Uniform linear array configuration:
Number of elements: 32
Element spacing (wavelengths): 0.25
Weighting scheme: exponential
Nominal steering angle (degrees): -30
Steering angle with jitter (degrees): -29.239
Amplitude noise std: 0.05
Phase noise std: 0.05

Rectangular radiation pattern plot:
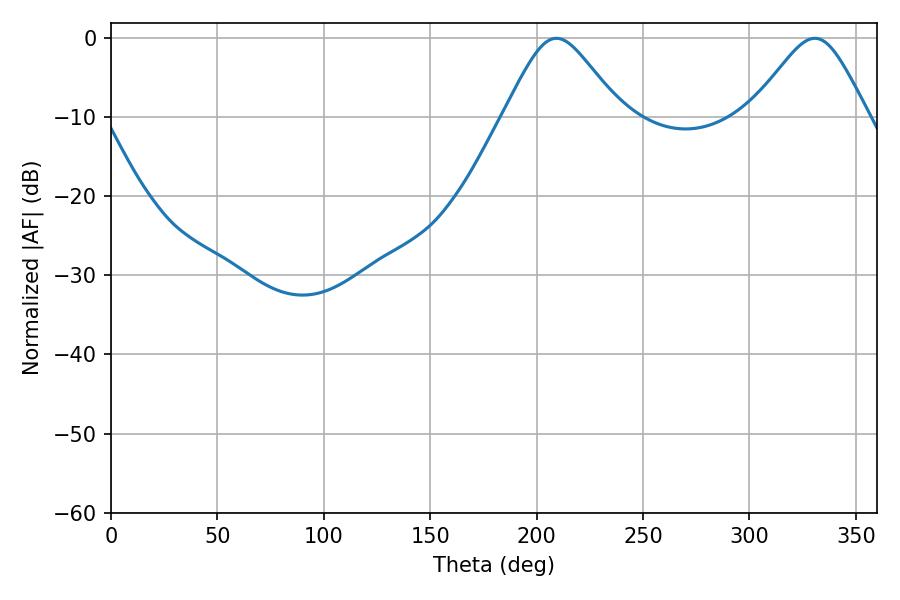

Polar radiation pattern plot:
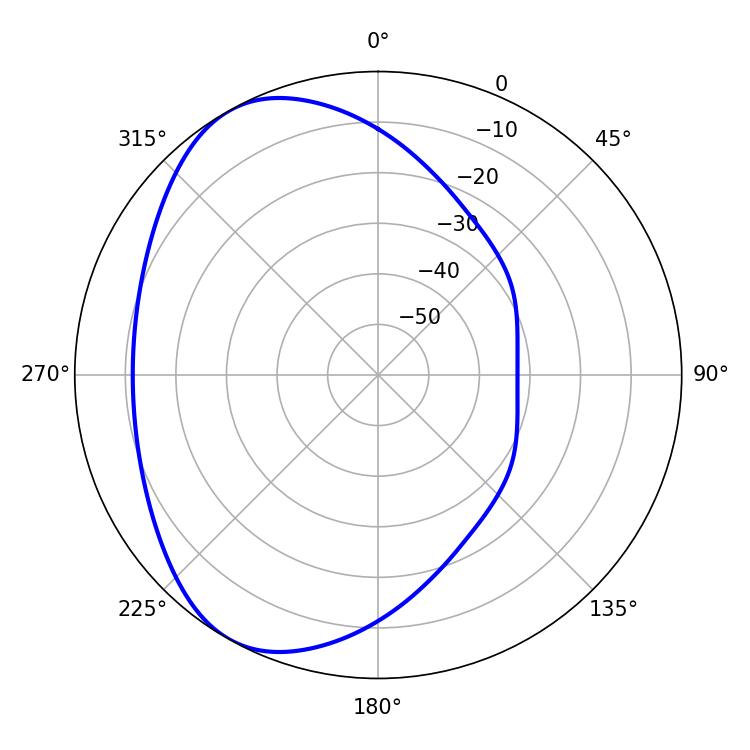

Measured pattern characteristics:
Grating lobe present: FALSE
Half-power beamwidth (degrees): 26.82
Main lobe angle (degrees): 330.66